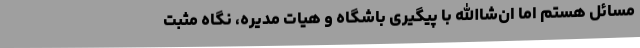
مسائل هستم اما ان‌شاالله با پیگیری باشگاه و هیات مدیره، نگاه مثبت